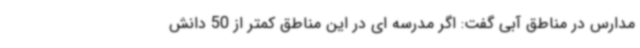
مدارس در مناطق آبی گفت: اگر مدرسه ای در این مناطق کمتر از 50 دانش